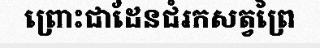
ព្រោះជាដែនជំរកសត្វព្រៃ